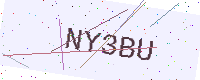
Text: NY3BU